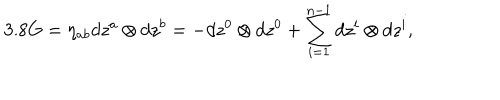
3 . 8 G = \eta _ { a b } d z ^ { a } \otimes d z ^ { b } = - d z ^ { 0 } \otimes d z ^ { 0 } + \sum _ { i = 1 } ^ { n - 1 } d z ^ { i } \otimes d z ^ { i } ,